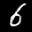
Label: 6